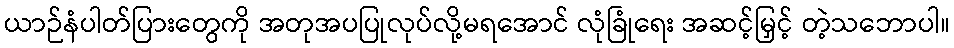
ယာဉ်နံပါတ်ပြားတွေကို အတုအပပြုလုပ်လို့မရအောင် လုံခြုံရေး အဆင့်မြှင့် တဲ့သဘောပါ။